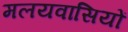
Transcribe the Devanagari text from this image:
मलयवासियों